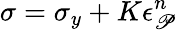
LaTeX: \sigma=\sigma_{y}+K\epsilon_{\mathscr{P}}^{n}\,